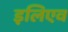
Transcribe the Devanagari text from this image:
इलिएव